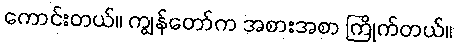
ကောင်းတယ်။ ကျွန်တော်က အစားအစာ ကြိုက်တယ်။